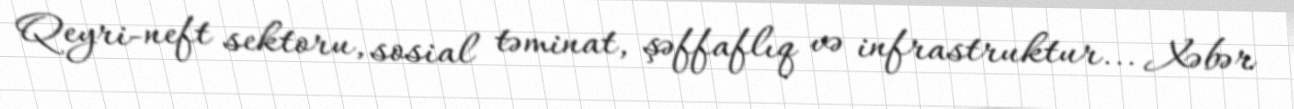
Qeyri-neft sektoru, sosial təminat, şəffaflıq və infrastruktur... Xəbər